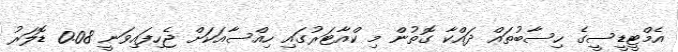
އެމްޓީޑީސީގެ ހިސާބުތައް ދައްކާ ގޮތުން މި ކްއާޓަރުގައި ހިއްސާއަކަށް ޖެހިފައިވަނީ 0.08 ޑޮލަރު